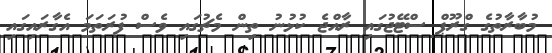
މުބާރާތުގެ ގްރޫޕް ސްޓޭޖުގައި ރާއްޖެ ކުޅުނު ތިން މެޗުގައި ވެސް ފުރަތަމަ އެގާރައިގައި